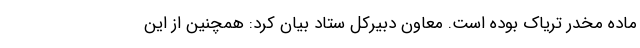
ماده مخدر تریاک بوده است. معاون دبیرکل ستاد بیان کرد: همچنین از این